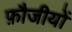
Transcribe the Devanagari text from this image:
फ़ौजीयों